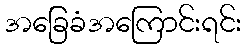
အခြေခံအကြောင်းရင်း